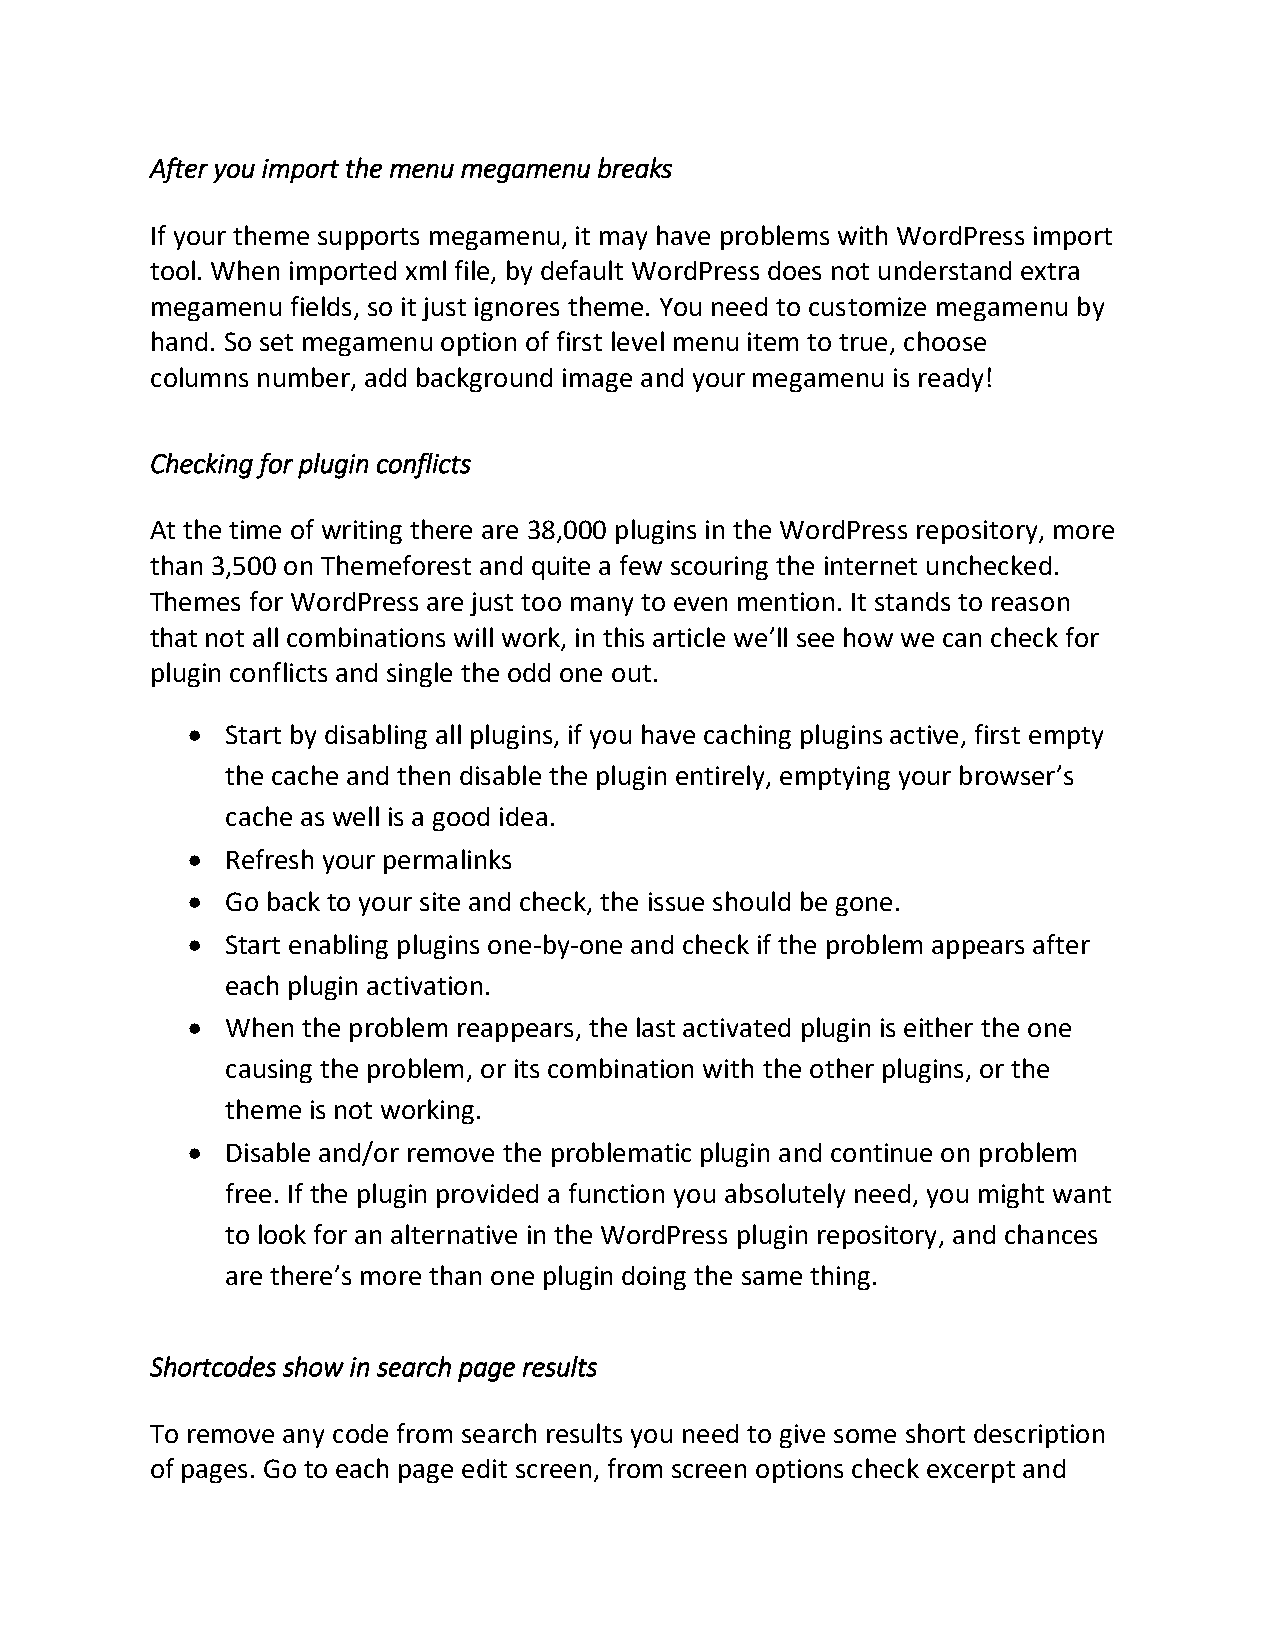
After you import the menu megamenu breaks
 If your theme supports megamenu, it may have problems with WordPress import
 tool. When imported xml file, by default WordPress does not understand extra
 megamenu fields, so it just ignores theme. You need to customize megamenu by
 hand. So set megamenu option of first level menu item to true, choose
 columns number, add background image and your megamenu is ready!
 Checking for plugin conflicts
 At the time of writing there are 38,000 plugins in the WordPress repository, more
 than 3,500 on Themeforest and quite a few scouring the internet unchecked.
 Themes for WordPress are just too many to even mention. It stands to reason
 that not all combinations will work, in this article we’ll see how we can check for
 plugin conflicts and single the odd one out.
   Start by disabling all plugins, if you have caching plugins active, first empty
 the cache and then disable the plugin entirely, emptying your browser’s
 cache as well is a good idea.
   Refresh your permalinks
   Go back to your site and check, the issue should be gone.
   Start enabling plugins one-by-one and check if the problem appears after
 each plugin activation.
   When the problem reappears, the last activated plugin is either the one
 causing the problem, or its combination with the other plugins, or the
 theme is not working.
   Disable and/or remove the problematic plugin and continue on problem
 free. If the plugin provided a function you absolutely need, you might want
 to look for an alternative in the WordPress plugin repository, and chances
 are there’s more than one plugin doing the same thing.
 Shortcodes show in search page results
 To remove any code from search results you need to give some short description
 of pages. Go to each page edit screen, from screen options check excerpt and